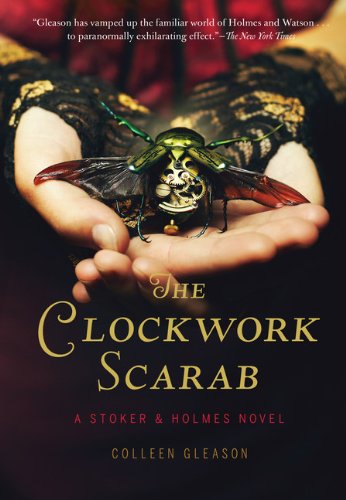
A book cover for The Clockwork Scarab: A Stoker & Holmes Novel; Colleen Gleason; Teen & Young Adult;